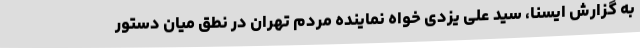
به گزارش ایسنا، سید علی یزدی خواه نماینده مردم تهران در نطق میان دستور